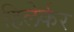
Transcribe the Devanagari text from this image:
हिलेर्कर